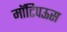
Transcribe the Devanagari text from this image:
मॉटिपऊस